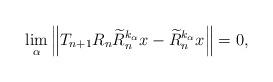
LaTeX: \begin{align*}\lim_{\alpha }\left\Vert T_{n+1}R_{n}\widetilde{R}_{n}^{k_{\alpha }}x-\widetilde{R}_{n}^{k_{\alpha }}x\right\Vert =0, \end{align*}